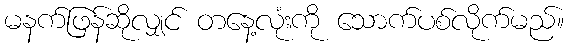
မနက်ဖြန်ဆိုလျှင် တနေ့လုံးကို သောက်ပစ်လိုက်မည်။